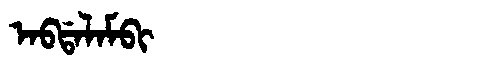
Manchu: ᠠᠪᡩᠠᠯᠠᠮᠪᡳ
Romanization: ABDALAMBI